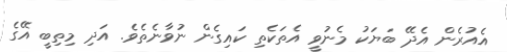
އެއުރެން އެދޭ ބަޔަކު މެނުވީ އެތަކެތި ކައިގެން ނުވާނެތެވެ. އަދި މިތިބީ އޭގެ